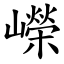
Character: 嶸